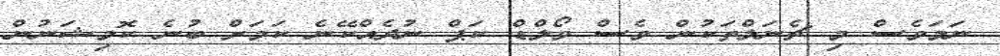
ނަމަވެސް މި ޗެނަލްތަކުން ވެސް ވޯލްޑް ކަޕް ނުދެއްކޭނެ ކަމަށް ބުނެ ކޮމިޝަނުން